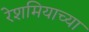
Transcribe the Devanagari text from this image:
रेशमियाच्या